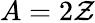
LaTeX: A=2\mathcal{Z}